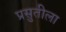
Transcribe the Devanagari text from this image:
प्रसुतीला